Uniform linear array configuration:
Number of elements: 32
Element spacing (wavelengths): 0.75
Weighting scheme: hamming
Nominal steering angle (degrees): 45
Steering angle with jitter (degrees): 46.238
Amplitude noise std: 0.05
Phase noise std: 0.05

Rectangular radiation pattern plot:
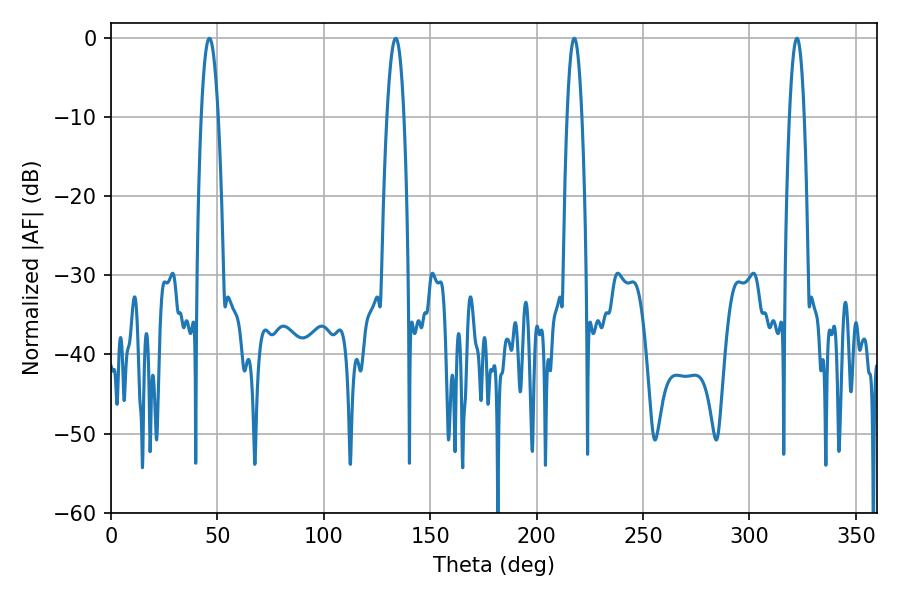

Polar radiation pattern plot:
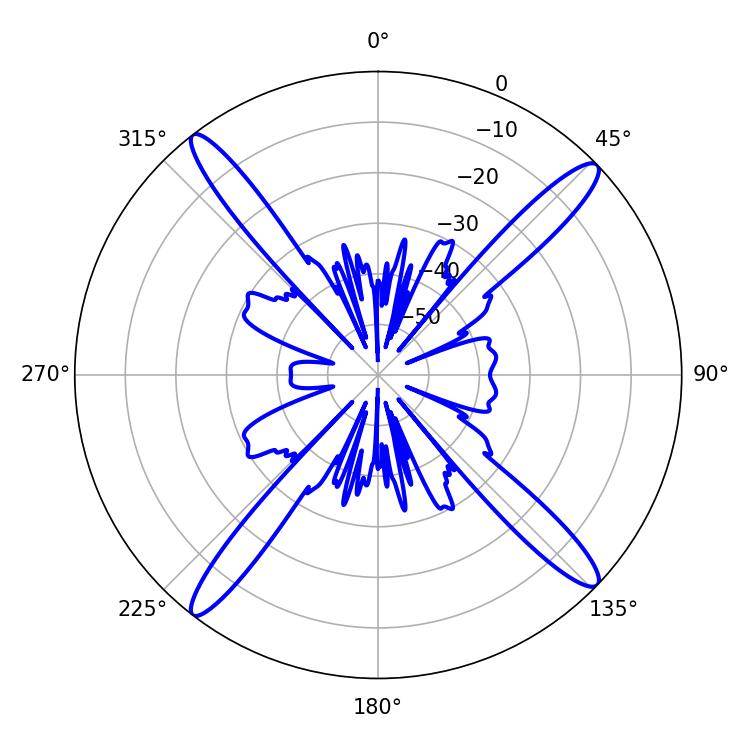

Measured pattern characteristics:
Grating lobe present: TRUE
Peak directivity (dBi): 18.058
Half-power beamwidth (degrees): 4.32
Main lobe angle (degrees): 46.26